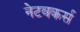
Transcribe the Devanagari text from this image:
नेटवकर्स